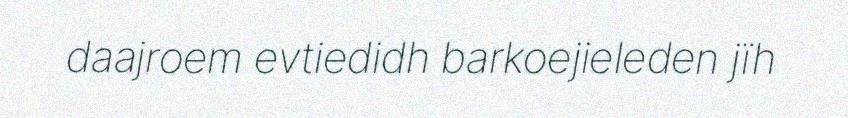
daajroem evtiedidh barkoejieleden jïh